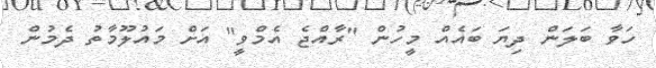
ހަވާ ބަލަން ދިޔަ ބައެއް މީހުން "ރާއްޖެ އެމްވީ" އަށް މައުލޫމާތު ދެމުން